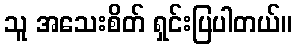
သူ အသေးစိတ် ရှင်းပြပါတယ်။